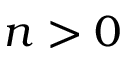
n > 0